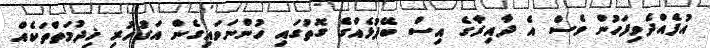
އުފެއްދެވިފަހުން ވެސް އެ ދާއިރާގެ އިސް ބޭފުޅެއްގެ ގޮތުގައި ހުންނަވައިގެން އަގުހުރި ޚިދުމަތްތަކެއް